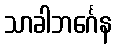
သာခါဘင်္ဂေန